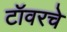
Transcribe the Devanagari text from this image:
टॉवरचे